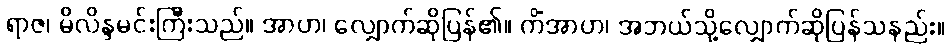
ရာဇ၊ မိလိန္ဒမင်းကြီးသည်။ အာဟ၊ လျှောက်ဆိုပြန်၏။ ကိံအာဟ၊ အဘယ်သို့လျှောက်ဆိုပြန်သနည်း။